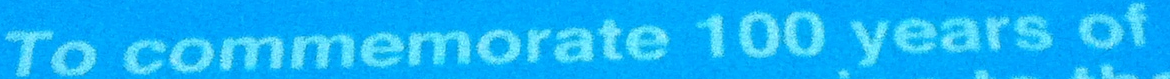
To commenorate 100 years of